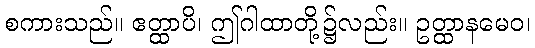
စကားသည်။ ဧတ္ထာပိ၊ ဤဂါထာတို့၌လည်း။ ဥတ္ထာနမေဝ၊